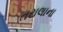
તરાલાના